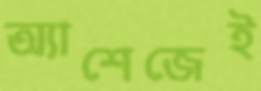
অ্যাশেজেই